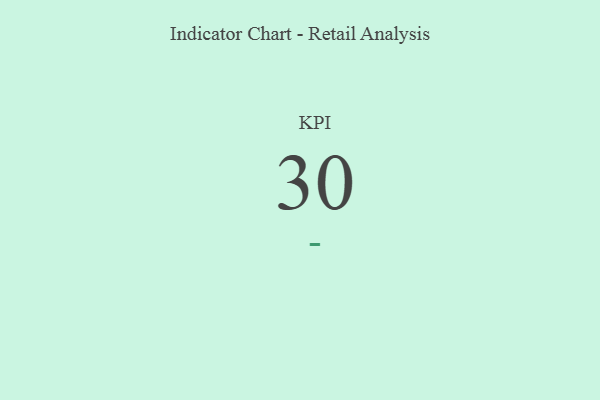
{"axis": {"x": "KPI", "y": "Value"}, "legend": [""], "data": [{"x": "KPI", "y": 30, "type": ""}]}